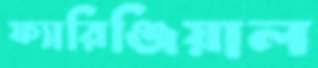
ফ্যারিঞ্জিয়াল